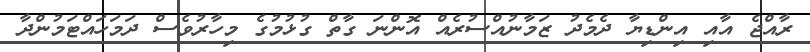
ރާއްޖެ އާއި އިންޑިޔާ ދެމެދު ޒަމާނުއްސުރެއް އޮންނަ ގާތް ގުޅުމުގެ މިހާރުވެސް ދަމަހައްޓަމުންދާ